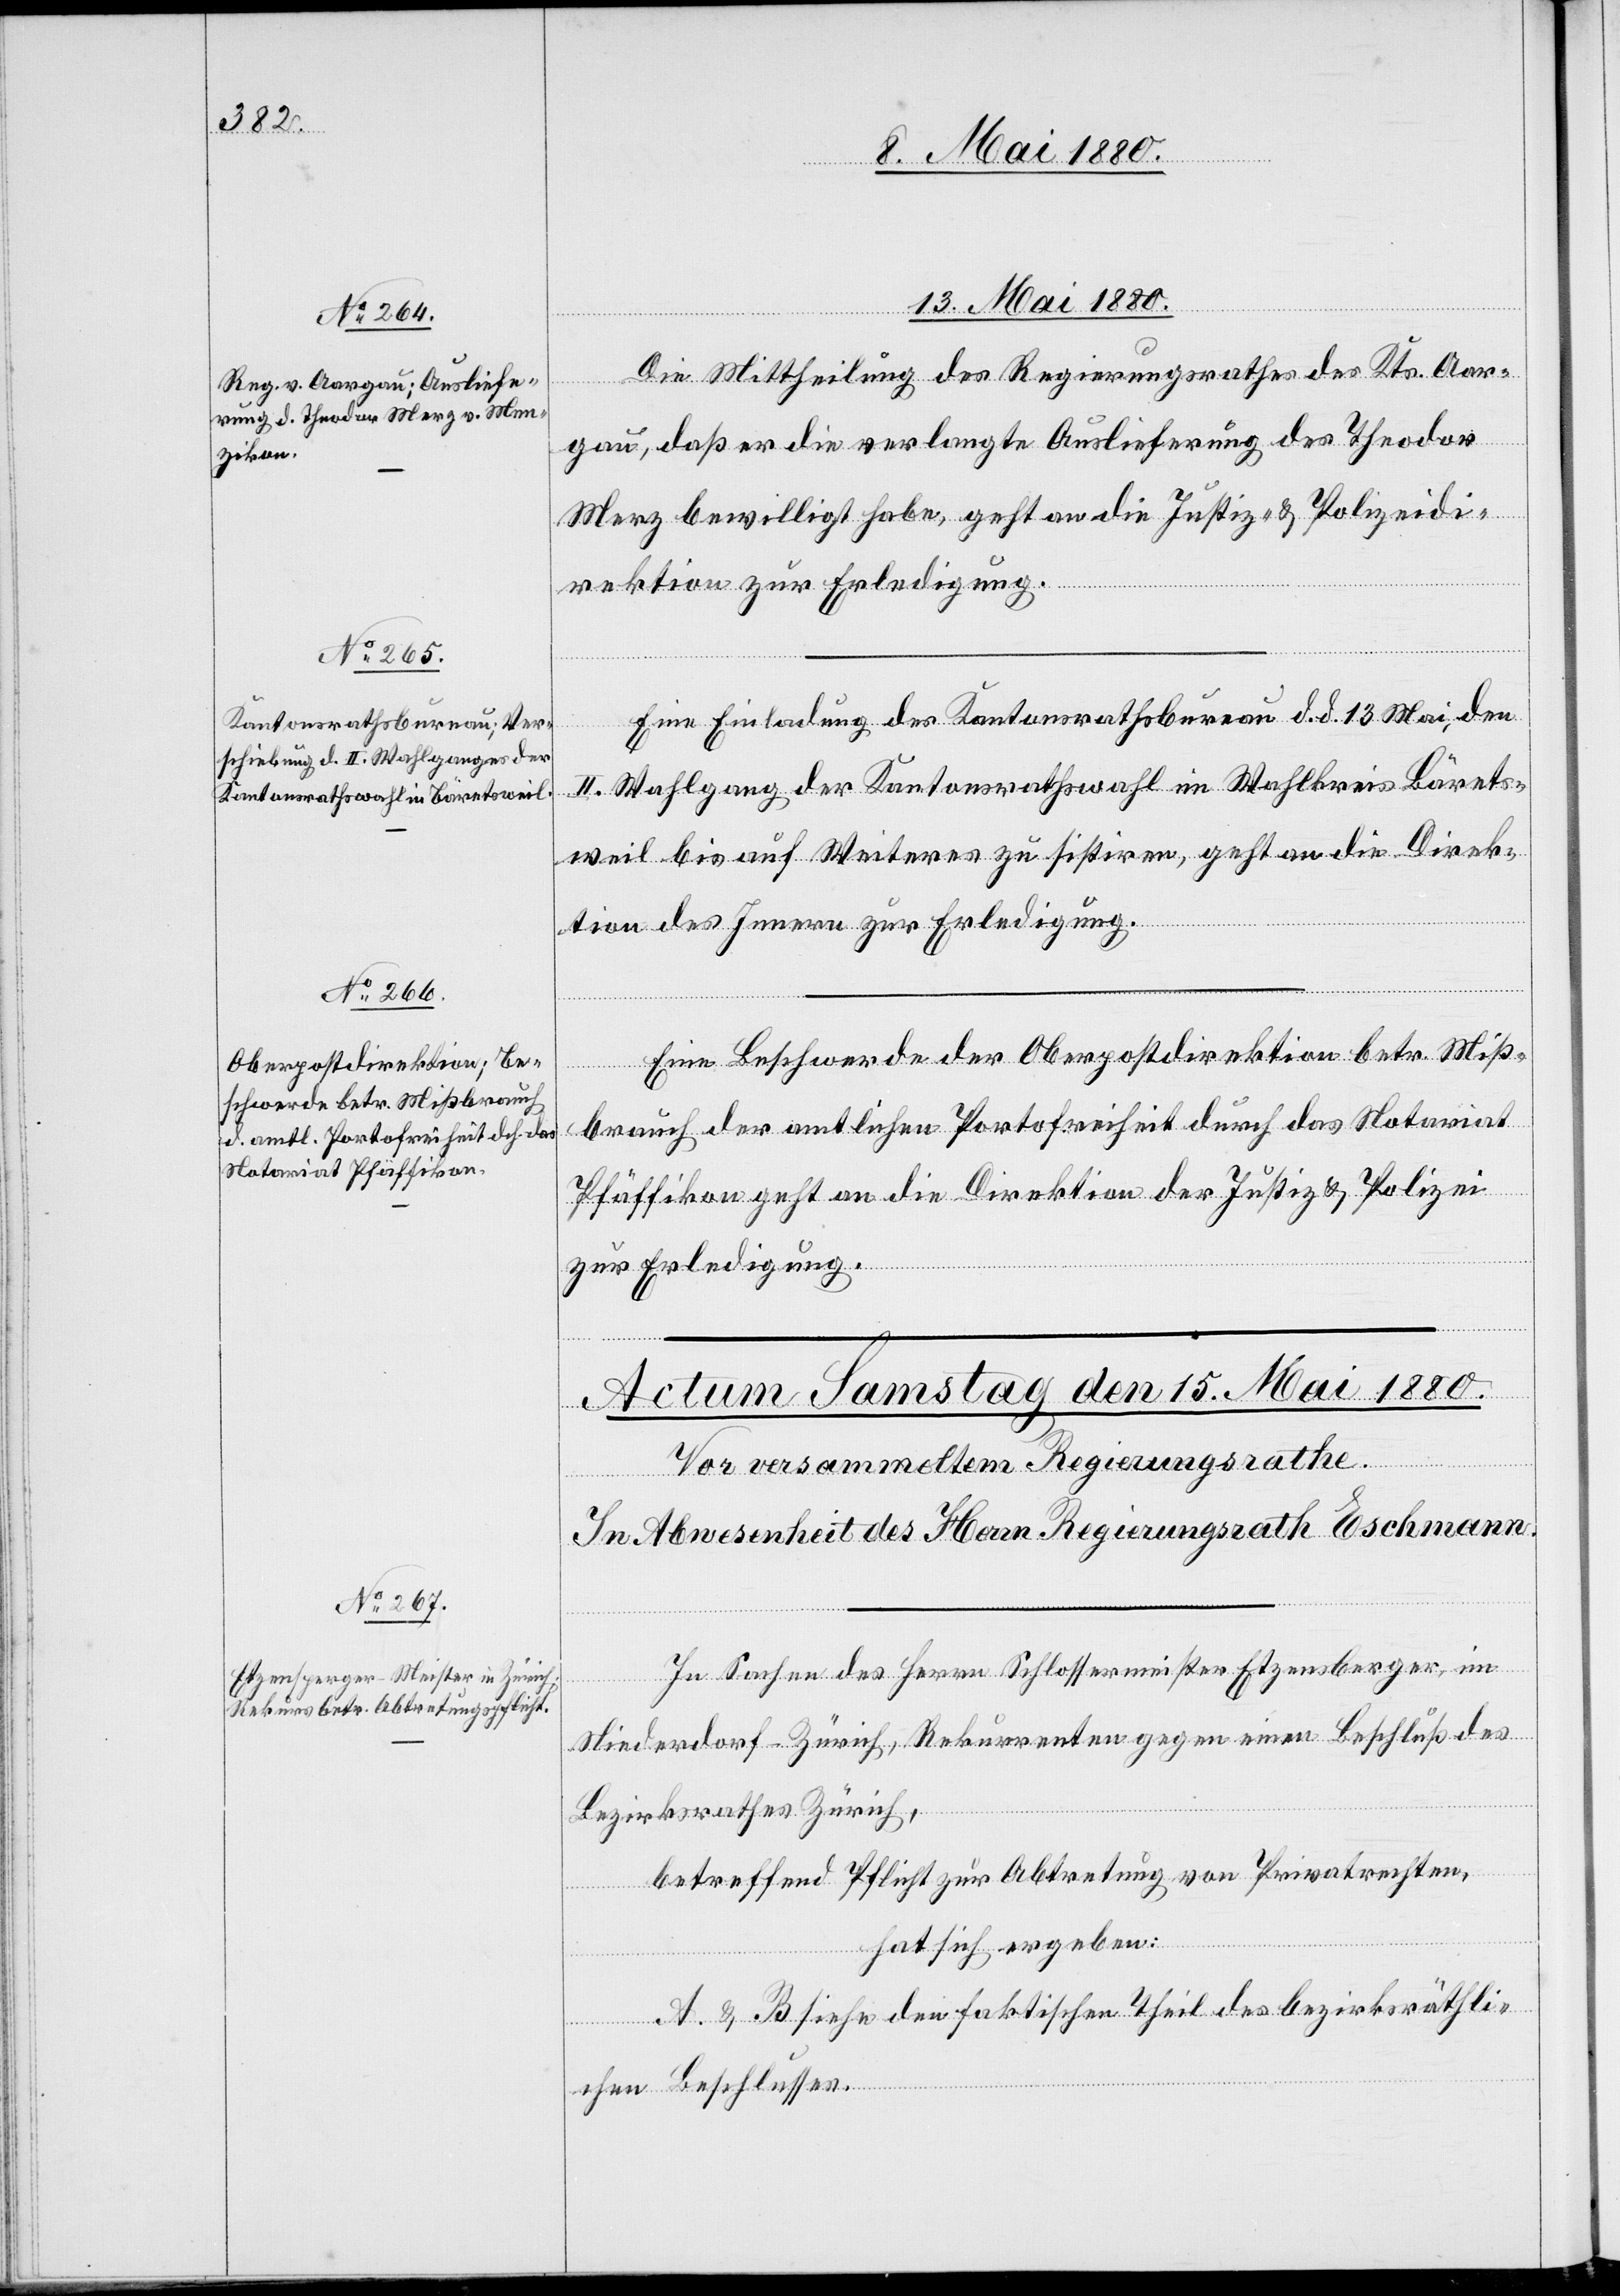
13. Mai 1880.]
Die Mittheilung des Regierungsrathes des Kts. Aar¬
gau, daß er die verlangte Auslieferung des Theodor
Merz bewilligt habe, geht an die Justiz- & Polizeidi¬
rektion zur Erledigung.
Eine Einladung des Kantonsrathsbureau d. d. 13. Mai, den
II. Wahlgang der Kantonsrathswahl im Wahlkreis Bärets¬
weil bis auf Weiteres zu sistiren, geht an die Direk¬
tion des Innern zur Erledigung.
Eine Beschwerde der Oberpostdirektion betr. Miß¬
brauch der amtlichen Portofreiheit durch das Notariat
Pfäffikon geht an die Direktion der Justiz & Polizei
zur Erledigung.
In Sachen des Herrn Schlossermeister Etzensperger, im
Niederdorf - Zürich, Rekurrenten gegen einen Beschluß des
Bezirksrathes Zürich,
betreffend Pflicht zur Abtretung von Privatrechten,
hat sich ergeben:
A. & B. siehe den faktischen Theil des bezirksräthli¬
chen Beschlusses.